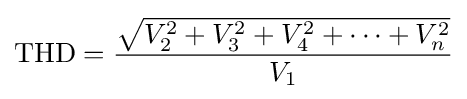
{\text{THD}}={{\sqrt {V_{2}^{2}+V_{3}^{2}+V_{4}^{2}+\cdots +V_{n}^{2}}} \over V_{1}}